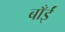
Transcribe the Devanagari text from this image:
बाँईं